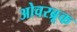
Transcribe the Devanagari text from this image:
ओवरब्रूक